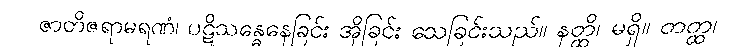
ဇာတိဇရာမရဏံ၊ ပဋိသန္ဓေနေခြင်း အိုခြင်း သေခြင်းသည်။ နတ္ထိ၊ မရှိ။ တတ္ထ၊